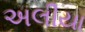
અલીયા